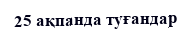
25 ақпанда туғандар